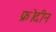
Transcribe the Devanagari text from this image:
फ्रोदीन